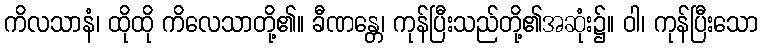
ကိလသာနံ၊ ထိုထို ကိလေသာတို့၏။ ခီဏန္တေ၊ ကုန်ပြီးသည်တို့၏အဆုံး၌။ ဝါ၊ ကုန်ပြီးသော